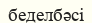
беделбәсі